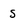
Character: s